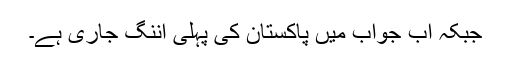
جبکہ اب جواب میں پاکستان کی پہلی اننگ جاری ہے۔